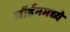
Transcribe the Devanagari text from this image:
जॉर्डनमध्ये